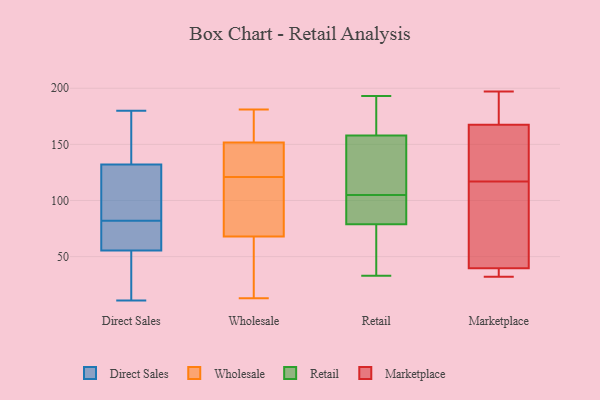
{"axis": {"x": "Latency (ms)", "y": "Value"}, "legend": ["Direct Sales", "Marketplace", "Retail", "Wholesale"], "data": [{"x": "", "y": 83, "type": "Direct Sales"}, {"x": "", "y": 11, "type": "Direct Sales"}, {"x": "", "y": 180, "type": "Direct Sales"}, {"x": "", "y": 149, "type": "Direct Sales"}, {"x": "", "y": 133, "type": "Direct Sales"}, {"x": "", "y": 57, "type": "Direct Sales"}, {"x": "", "y": 16, "type": "Direct Sales"}, {"x": "", "y": 155, "type": "Direct Sales"}, {"x": "", "y": 82, "type": "Direct Sales"}, {"x": "", "y": 154, "type": "Direct Sales"}, {"x": "", "y": 73, "type": "Direct Sales"}, {"x": "", "y": 66, "type": "Direct Sales"}, {"x": "", "y": 55, "type": "Direct Sales"}, {"x": "", "y": 49, "type": "Direct Sales"}, {"x": "", "y": 62, "type": "Direct Sales"}, {"x": "", "y": 53, "type": "Direct Sales"}, {"x": "", "y": 103, "type": "Direct Sales"}, {"x": "", "y": 98, "type": "Direct Sales"}, {"x": "", "y": 129, "type": "Direct Sales"}, {"x": "", "y": 150, "type": "Wholesale"}, {"x": "", "y": 44, "type": "Wholesale"}, {"x": "", "y": 181, "type": "Wholesale"}, {"x": "", "y": 106, "type": "Wholesale"}, {"x": "", "y": 157, "type": "Wholesale"}, {"x": "", "y": 13, "type": "Wholesale"}, {"x": "", "y": 121, "type": "Wholesale"}, {"x": "", "y": 133, "type": "Wholesale"}, {"x": "", "y": 40, "type": "Wholesale"}, {"x": "", "y": 76, "type": "Wholesale"}, {"x": "", "y": 15, "type": "Wholesale"}, {"x": "", "y": 178, "type": "Wholesale"}, {"x": "", "y": 77, "type": "Wholesale"}, {"x": "", "y": 130, "type": "Wholesale"}, {"x": "", "y": 161, "type": "Wholesale"}, {"x": "", "y": 146, "type": "Wholesale"}, {"x": "", "y": 105, "type": "Wholesale"}, {"x": "", "y": 105, "type": "Retail"}, {"x": "", "y": 193, "type": "Retail"}, {"x": "", "y": 192, "type": "Retail"}, {"x": "", "y": 33, "type": "Retail"}, {"x": "", "y": 155, "type": "Retail"}, {"x": "", "y": 81, "type": "Retail"}, {"x": "", "y": 78, "type": "Retail"}, {"x": "", "y": 159, "type": "Retail"}, {"x": "", "y": 68, "type": "Retail"}, {"x": "", "y": 132, "type": "Retail"}, {"x": "", "y": 101, "type": "Retail"}, {"x": "", "y": 151, "type": "Marketplace"}, {"x": "", "y": 165, "type": "Marketplace"}, {"x": "", "y": 180, "type": "Marketplace"}, {"x": "", "y": 32, "type": "Marketplace"}, {"x": "", "y": 113, "type": "Marketplace"}, {"x": "", "y": 122, "type": "Marketplace"}, {"x": "", "y": 36, "type": "Marketplace"}, {"x": "", "y": 175, "type": "Marketplace"}, {"x": "", "y": 36, "type": "Marketplace"}, {"x": "", "y": 41, "type": "Marketplace"}, {"x": "", "y": 197, "type": "Marketplace"}, {"x": "", "y": 117, "type": "Marketplace"}, {"x": "", "y": 93, "type": "Marketplace"}]}